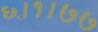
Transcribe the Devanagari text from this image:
६।१।७७